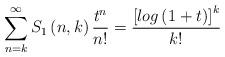
LaTeX: \begin{align*}\sum_{n=k}^{\infty }S_{1}\left( n,k\right) \frac{t^{n}}{n!}=\frac{\left[log\left( 1+t\right) \right] ^{k}}{k!}\end{align*}